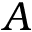
A